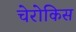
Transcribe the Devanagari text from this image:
चेरोकिस